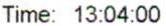
TIME: 13:04:00